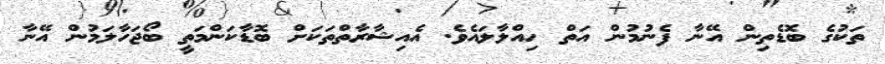
ތަކުގެ ބޮޑެތިން އޭނާ ފެނުމުން އަތް ހިއްލާލައެވެ. އެއިޝާރާތްތަކަށް ބޮޑާކަންމަތީ ބޯޖަހާލަމުން އޭނާ